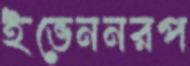
ইভেননরপ